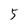
Character: 5